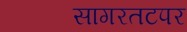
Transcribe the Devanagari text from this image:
सागरतटपर